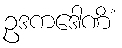
ဥဒကဒေါဏိံ